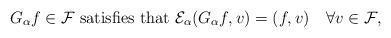
LaTeX: \begin{align*} G_{\alpha}f\in\mathcal{F}\mbox{ satisfies that }\mathcal{E}_{\alpha}(G_{\alpha}f,v)=(f,v)\quad\forall v\in \mathcal{F}, \end{align*}